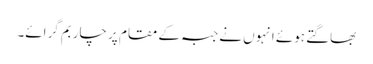
بھاگتے ہوئے انہوں نے جبہ کے مقام پر چار بم گرائے۔